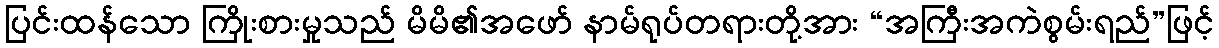
ပြင်းထန်သော ကြိုးစားမှုသည် မိမိ၏အဖော် နာမ်ရုပ်တရားတို့အား “အကြီးအကဲစွမ်းရည်”ဖြင့်